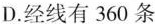
D.经线有360条